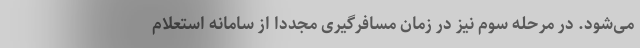
می‌شود. در مرحله سوم نیز در زمان مسافرگیری مجددا از سامانه استعلام